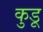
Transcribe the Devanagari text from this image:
कुडू